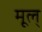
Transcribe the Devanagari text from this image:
मूल्